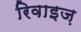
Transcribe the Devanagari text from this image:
रिवाइज़